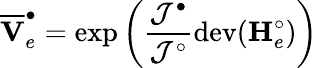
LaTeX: \overline{{\mathbf{V}}}_{e}^{\bullet}=\mathrm{exp}\left(\frac{\mathcal{J}^{\bullet}}{\mathcal{J}^{\circ}}\mathrm{dev}(\mathbf{H}_{e}^{\circ})\right)